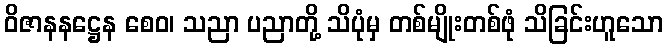
ဝိဇာနနဋ္ဌေန စေဝ၊ သညာ ပညာတို့ သိပုံမှ တစ်မျိုးတစ်ဖုံ သိခြင်းဟူသော